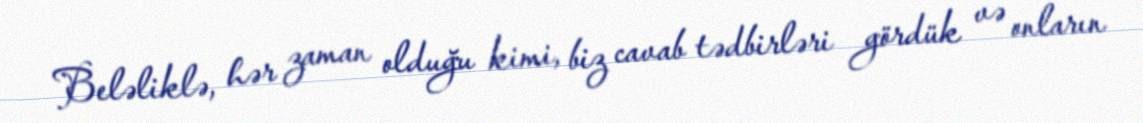
Beləliklə, hər zaman olduğu kimi, biz cavab tədbirləri gördük və onların